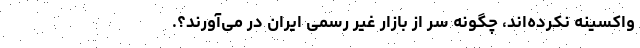
واکسینه نکرده‌اند، چگونه سر از بازار غیر رسمی ایران در می‌آورند؟.